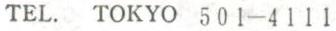
TEL. TOKYO 501-4111